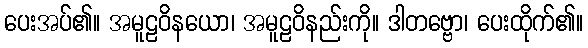
ပေးအပ်၏။ အမူဠဝိနယော၊ အမူဠဝိနည်းကို။ ဒါတဗ္ဗော၊ ပေးထိုက်၏။